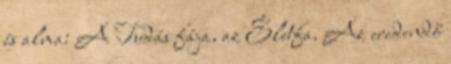
és alma: A Tudás fája, az Életfa. Az eredendő